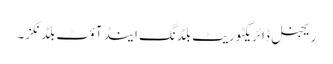
ریجنل ڈائریکٹوریٹ بلڈنگ اینڈ آؤٹ بلڈنگز۔